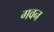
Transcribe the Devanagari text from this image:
गवन